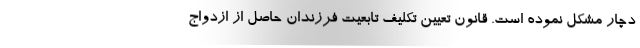
دچار مشکل نموده است. قانون تعیین تکلیف تابعیت فرزندان حاصل از ازدواج